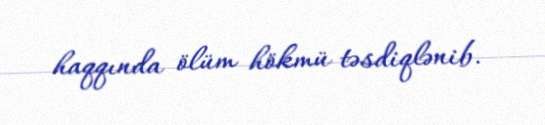
haqqında ölüm hökmü təsdiqlənib.